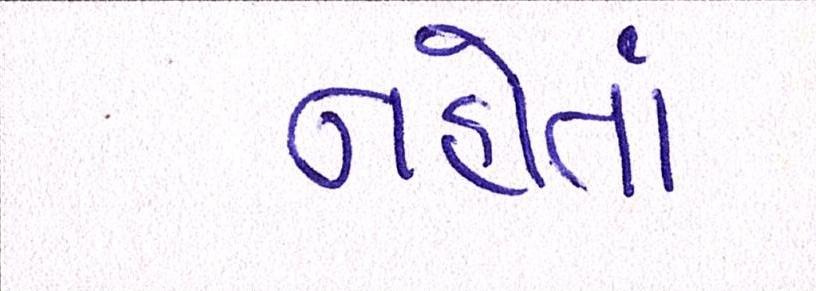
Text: નહોતાં